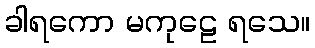
ခါရကော မကုဠေ ရသေ။